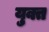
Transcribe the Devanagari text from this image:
यु्क्त